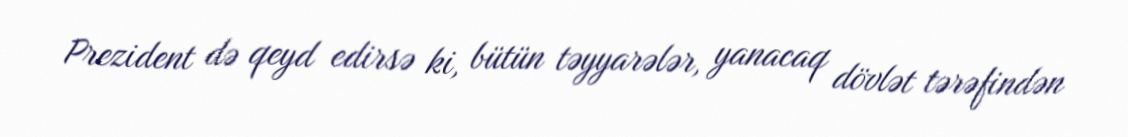
Prezident də qeyd edirsə ki, bütün təyyarələr, yanacaq dövlət tərəfindən